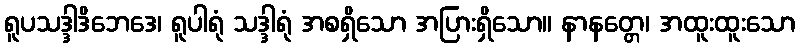
ရူပသဒ္ဒါဒိဘေဒေ၊ ရူပါရုံ သဒ္ဒါရုံ အစရှိသော အပြားရှိသော။ နာနတ္တေ၊ အထူးထူးသော